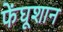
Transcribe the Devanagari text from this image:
फेंघूशान